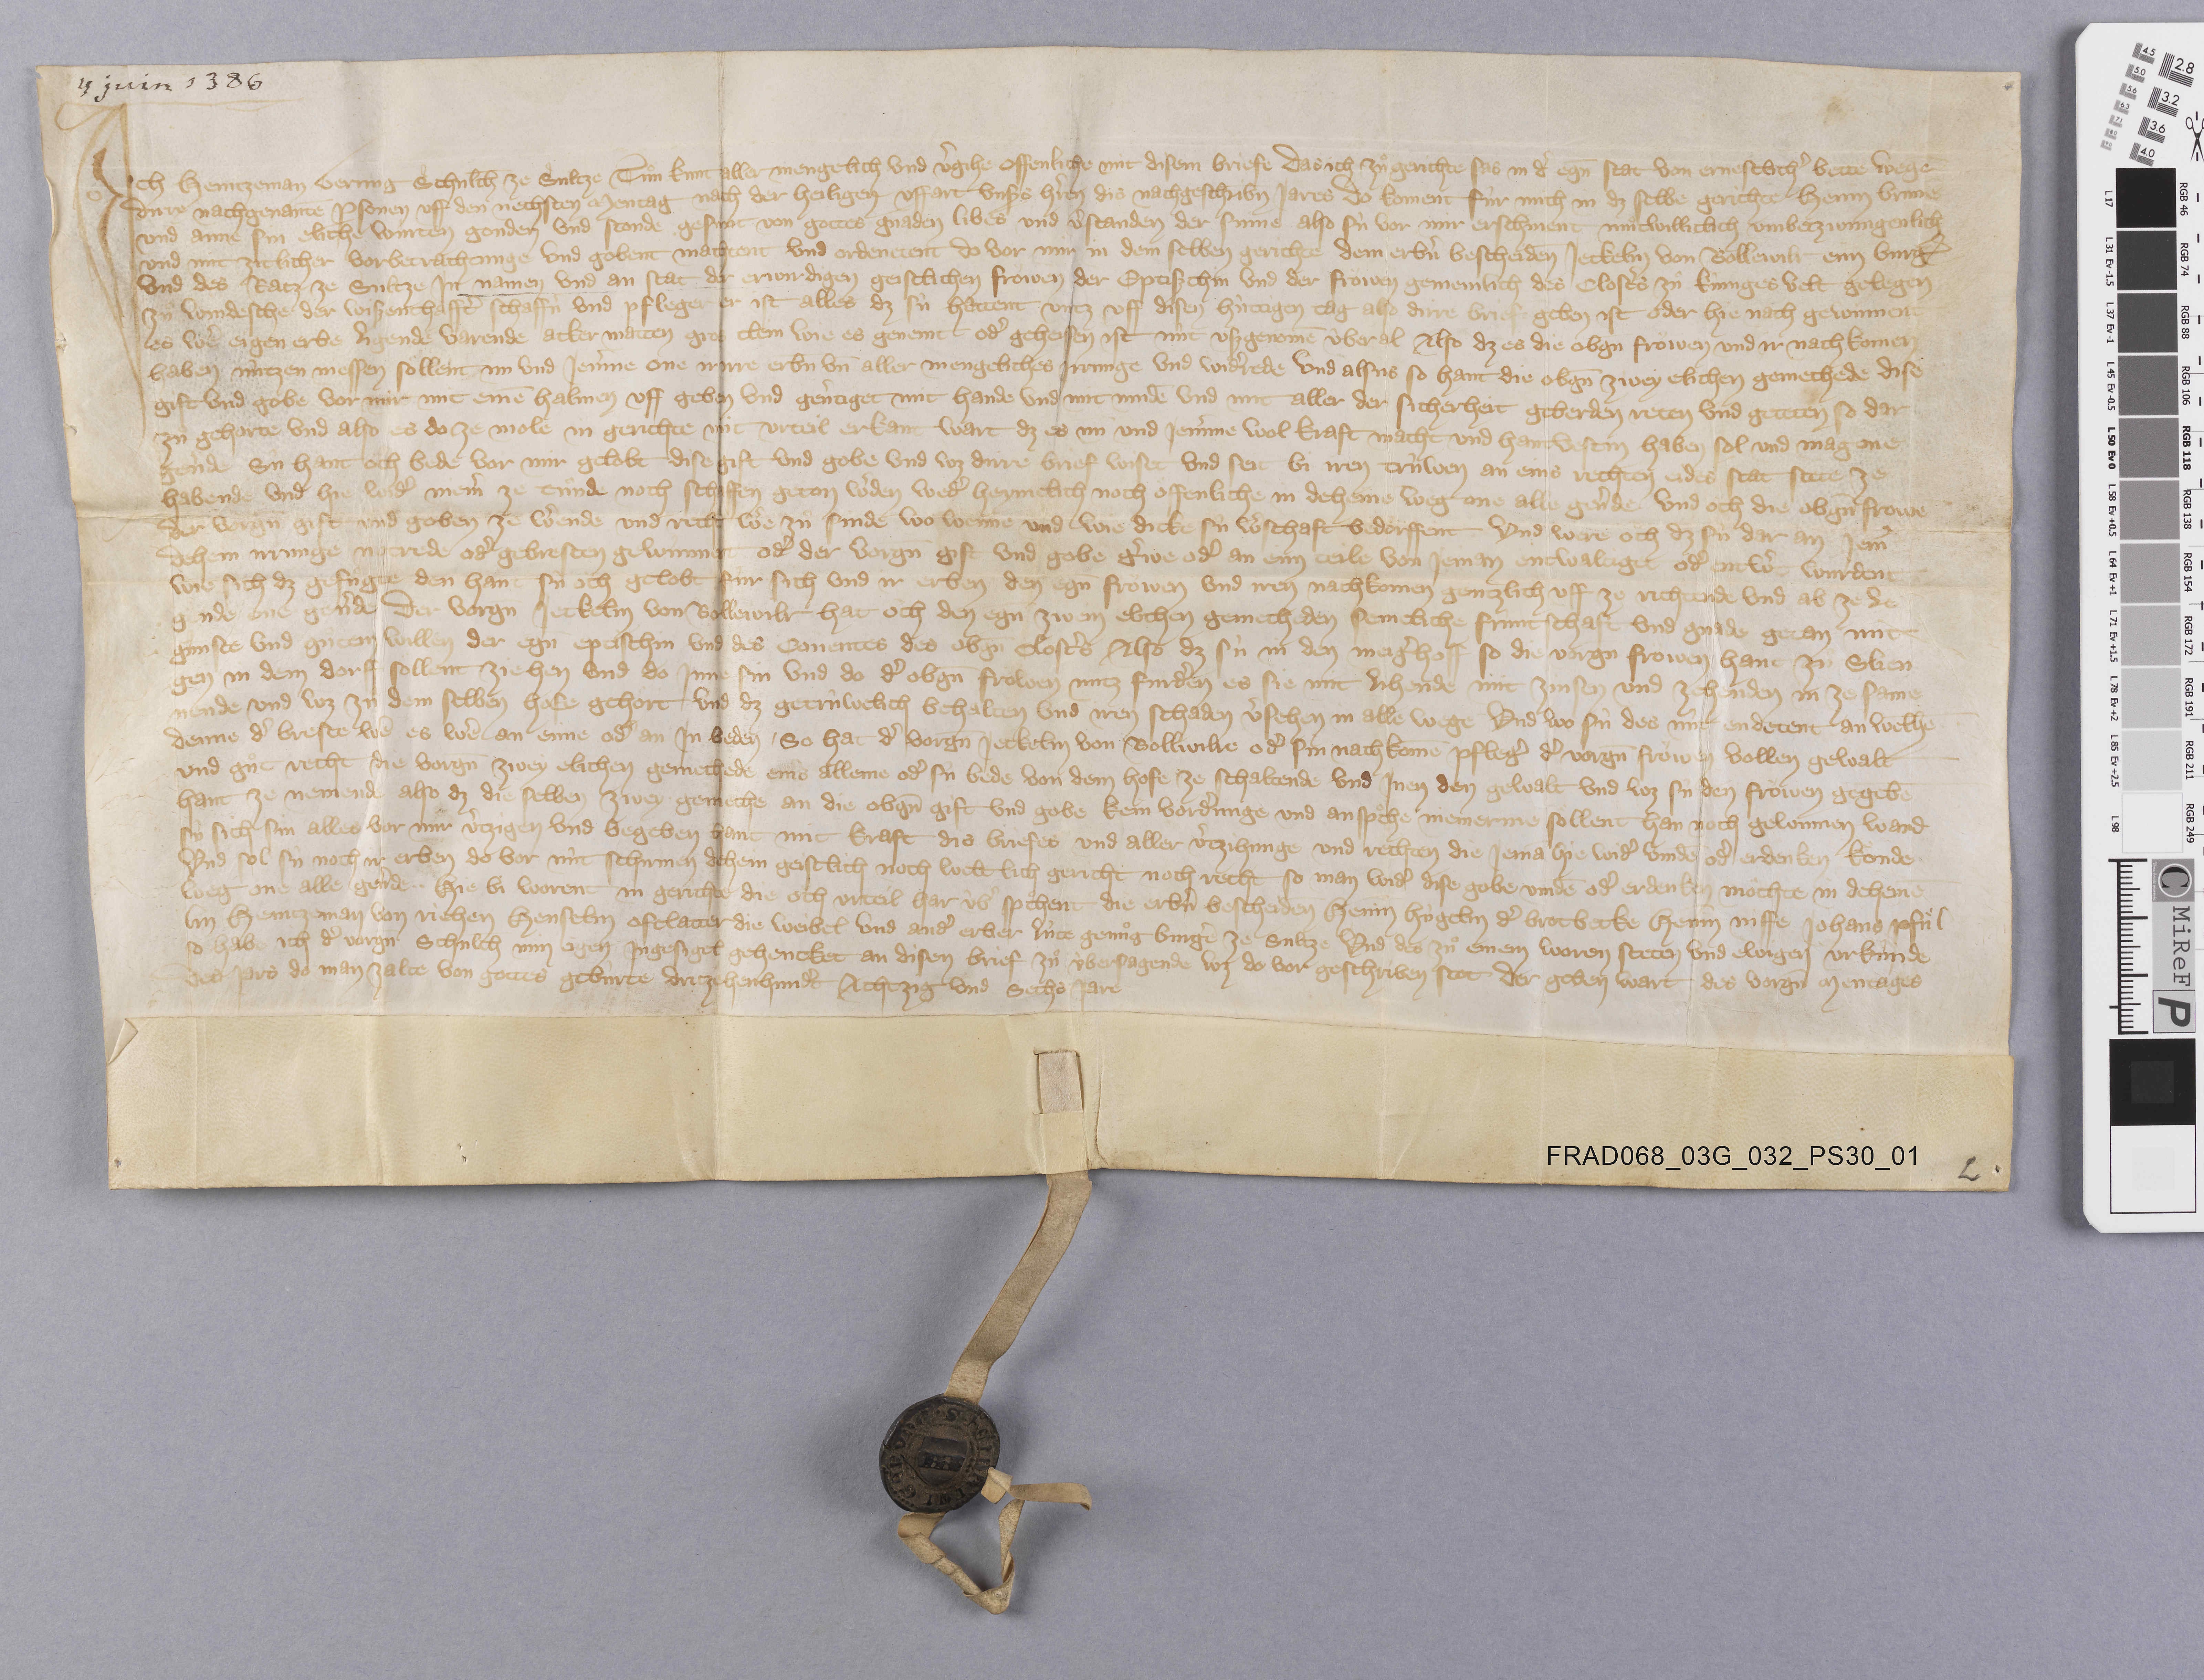
4 juin 1386

Ich Heintzeman Gerung schulth̄ ze Sultze tuͦn kunt aller mengellich und vˀgihe offenliche mit disem briefe das ich zuͦ gerichte sas in dˀ eḡn stat von ernestlichˀ bette wegē
dirre nachgenanantē ꝑsonen uff den nechsten mentag nach der heiligen uffart uns₎s hˀren dis nachgeschribn̄ jares. do koment fûr mich in dz selbe gerichte Henin Brunē
und Anne sin eliche wùrtin gonden und stonde gesunt von gottes gnaden libes und vˀstandes der sinne also sù vor mir erschinent muͦtwilliclich umbetzwùngenlich
und mit zitlicher vorbetrachtunge und gobent machtent und ordenetent do vor mir in dem selben gerichte dem erbˀn bescheiden̄ Jeckelin von Bollewilr eim burgˀ
und des ratz ze Sultze in namen und an stat der erwirdigen geistlichen froͧwen der eptiszthin und der froͧwen gemeinlich des clostˀs zuͦ Kùnigesvelt gelegen
zuͦ Windesche der wiszenthafftˀ schaffnˀ und pfleger er ist alles dz sû hattent untz uff disen hûttigen tag also dirre briefe geben ist oder hie nach gewinnent
es weˀ eigen erbe ligende varende acker matten gros clein wie es genemt odˀ geheissen ist nût uszgenomē ûberal also dz es die obgn̄ froͧwen und ir nachkomen
haben nûtzen niessen soͤllent nu und jemˀme one ...rre erb̄n un̄ aller mengeliches irrunge und widˀrede und alsus so hant die obgn̄ zwey elichen gemechede dise
gift und gobe vor mir mit einē halmen uff geben und gevˀtiget mit hande und mit mūde und mit aller der sicherheit geberden reten und geteten so dar-
zuͦ gehorte und also es do ze mole in gerichte mit urteil erkant wart dz es nù und jemˀme wol kraft macht und hantvestin haben sol und mag one
gevˀde sû hant oͧch bede vor mir gelobt dise gift und gobe und wz dirre brief wiset und seit bi iren trûwen an eins rechten eides stat stete ze
habende und hie widˀ niemˀ ze tuͦnde noch schaffen geton wˀden wedˀ heymelich noch oͤffenliche in deheine weg one alle gevˀde. und oͧch die obgn̄ frowē
der vorgn̄ gift und goben ze wˀende und recht wˀe zuͦ sinde wo wenne und wie dicke sû wˀschaft bedoͤrffent ✳ und were oͧch dz sû dar an jemˀ
dehein irrunge notrede odˀ gebresten gewùnnent odˀ der vorgn̄ gift und gobe gˀwe odˀ an eim teile von jeman entwaltiget odˀ entwˀt wurdent
wie sich dz gefuͦgte den hant sû oͧch gelobt fûr sich und ir erben den eḡn froͧwen und iren nachkomen gentzlich uff ze richtende und ab ze le-
gende one gevˀde. der vorgn̄ Jeckelin von Bollewilr hat òch den eḡn zwein elichen gemecheden semeliche frûntschaft und gnade getan mit
gunste und guͦtem willen der eḡn eptischin und des conentes des obḡn clostˀs also dz sù in den meigˀhoff so die vorgn̄ froͧwen hant zuͦ Slien-
gen in dem dorff soͤllent ziehen und do inne sin und do dˀ obḡn froͧwen nutz furdˀen es sie mit lihende mit zinsen und zehenden in ze same-
nende und wz in dem selben hofe gehoͤrt und dz getrûwelich behalten und iren schaden vˀsehen in alle wege und wo sû des nût endetent an welhē
denne dˀ breste weˀ es weˀ an eine odˀ an in beden ✳ so hat dˀ vorgn̄ Jeckelin von Bollwilre odˀ sin nachkomē pflegˀ dˀ vorgn̄ froͧwen vollen gewalt
und guͦt recht die vorgn̄ zwey elichen gemechede eins alleine odˀ sû bede von dem hofe ze schaltende und inen den gewalt und wz sû den froͧwen gegebē
hant ze nemende also dz die selben zwey gemeche an die obgn̄ gift und gobe kein vordˀunge und anspͦche niemerme soͤllent han noch gewinnen wand
sù sich sin alles vor mir vˀtzigen und begeben hant mit kraft dis briefes und aller vˀtzihunge und rechten die jemā hie widˀ vindē odˀ erdenken koͤnde
und sol sû noch ir erben do vor nût schirmen dehein geistlich noch weltlich gericht noch recht so man widˀ dise gobe vindē odˀ erdenken moͤchte in deheinē
weg one alle gevˀde ✳ ✳ hie bi worent in gerichte die oͧch urteil har ûbˀ spͦchent die erbˀn bescheiden̄ Henin Hûgelin dˀ brotbecke Henin Niffe Johans Pfuͤl-
lin Heintzeman von Riehen Henselin Ofelatter die weibel und andˀ erber lùte genuͦg burgˀe ze Sultze und des zuͦ  einem waron steten und ewigen urkûnde
so habe ich dˀ vorgn̄ schulth̄ min eigen ingesigel gehencket an disen brief zuͦ ùbersagende wz do vor geschriben stot der geben wart des vorgn̄ mentages
des jars do man zalte von gottes gebûrte dritzehenhundˀt achtzig und sechs jare.